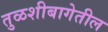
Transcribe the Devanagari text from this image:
तुळशीबागेतील